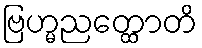
ဗြဟ္မညတ္ထောတိ